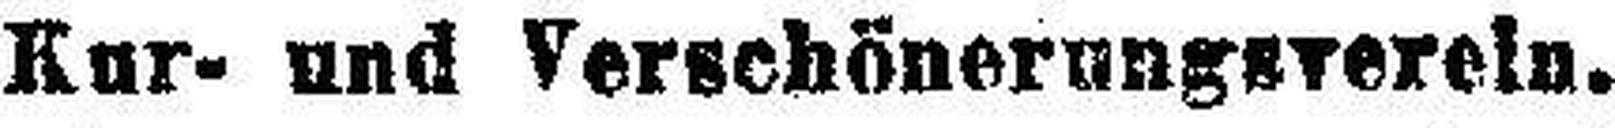
Kur- und Verschönerungsverein.